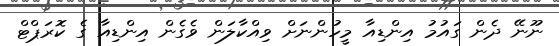
ނޫނޭ ދެން ގައުމު އިންޑިއާ މީހުންނަށް ވިއްކާލަން ވެެގެން އިންޑިއާ ގެ ކޮރަޕްޓް